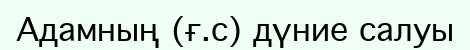
Адамның (ғ.с) дүние салуы